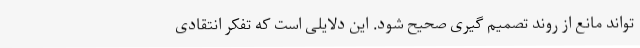
تواند مانع از روند تصمیم گیری صحیح شود. این دلایلی است که تفکر انتقادی